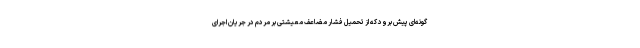
گونه‌ای پیش برود که از تحمیل فشار مضاعف معیشتی بر مردم در جریان اجرای